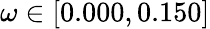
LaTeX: \omega\in[0.000,0.150]